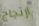
ارتجاج